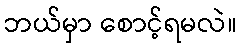
ဘယ်မှာ စောင့်ရမလဲ။